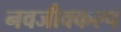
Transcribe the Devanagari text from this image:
नवजीवकल्प